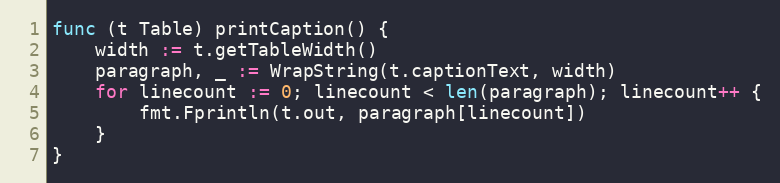
Language: Go
func (t Table) printCaption() {
	width := t.getTableWidth()
	paragraph, _ := WrapString(t.captionText, width)
	for linecount := 0; linecount < len(paragraph); linecount++ {
		fmt.Fprintln(t.out, paragraph[linecount])
	}
}